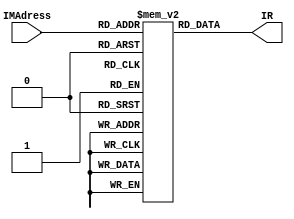

module InstructionMemory(
    input[9:0]          IMAdress,
    output reg[31:0]    IR
);


reg [31:0]  IMem[1023:0];

always@(IMAdress) begin
    IR <= IMem[IMAdress];
end


endmodule